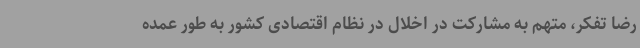
رضا تفکر، متهم به مشارکت در اخلال در نظام اقتصادی کشور به طور عمده